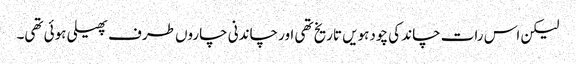
لیکن اس رات چاند کی چودہویں تاریخ تھی اور چاندنی چاروں طرف پھیلی ہوئی تھی۔